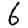
Digit: 6